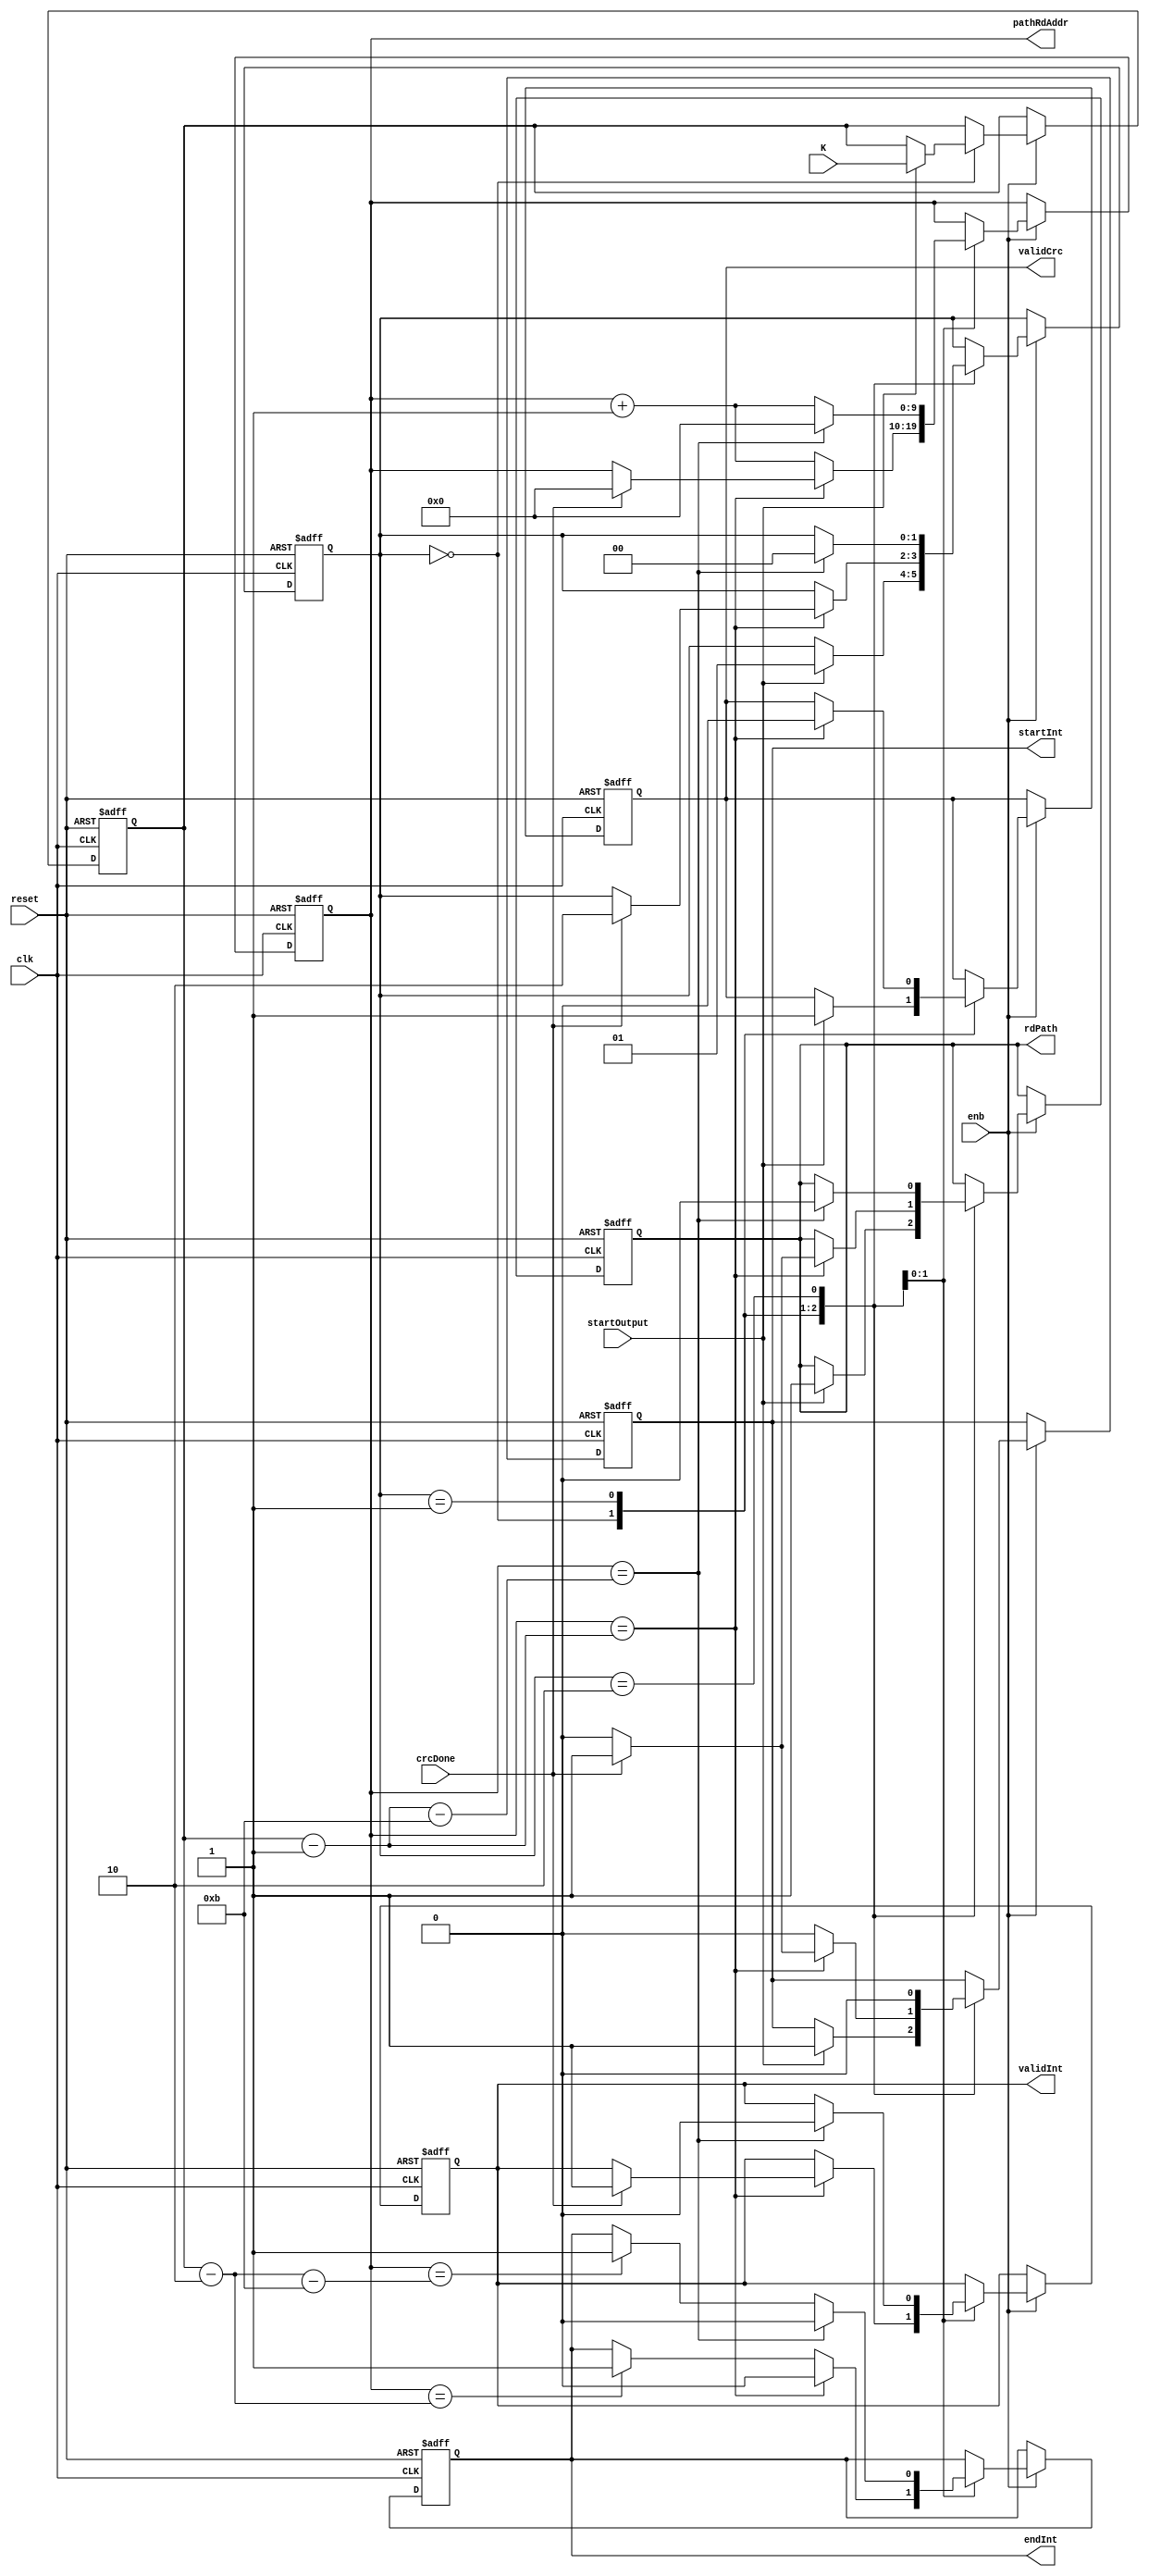
// -------------------------------------------------------------
// 
// 
// Generated by MATLAB 9.8 and HDL Coder 3.16
// 
// -------------------------------------------------------------


// -------------------------------------------------------------
// 
// Module: outputController
// Source Path: NRPolarDecodeHDL/HDL Algorithm/NR Polar Decoder/outputController
// Hierarchy Level: 2
// 
// -------------------------------------------------------------

`timescale 1 ns / 1 ns

module outputController
          (clk,
           reset,
           enb,
           startOutput,
           K,
           crcDone,
           pathRdAddr,
           rdPath,
           startInt,
           endInt,
           validInt,
           validCrc);


  input   clk;
  input   reset;
  input   enb;
  input   startOutput;
  input   [9:0] K;  // ufix10
  input   crcDone;
  output  [9:0] pathRdAddr;  // ufix10
  output  rdPath;
  output  startInt;
  output  endInt;
  output  validInt;
  output  validCrc;


  reg [1:0] outputController_reg_state;  // ufix2
  reg [9:0] outputController_reg_pathRdAddr;  // ufix10
  reg  outputController_reg_rdPath;
  reg  outputController_reg_pathSel;  // ufix1
  reg [9:0] outputController_reg_KLatch;  // ufix10
  reg  outputController_reg_start;
  reg  outputController_reg_end;
  reg  outputController_reg_valid;
  reg  outputController_reg_validCrc;
  reg [1:0] outputController_reg_state_next;  // ufix2
  reg [9:0] outputController_reg_pathRdAddr_next;  // ufix10
  reg  outputController_reg_rdPath_next;
  reg  outputController_reg_pathSel_next;  // ufix1
  reg [9:0] outputController_reg_KLatch_next;  // ufix10
  reg  outputController_reg_start_next;
  reg  outputController_reg_end_next;
  reg  outputController_reg_valid_next;
  reg  outputController_reg_validCrc_next;
  reg [9:0] pathRdAddr_1;  // ufix10
  reg  rdPath_1;
  reg  startInt_1;
  reg  endInt_1;
  reg  validInt_1;
  reg  validCrc_1;
  reg [10:0] outputController_sub_temp;  // ufix11
  reg [10:0] outputController_sub_temp_0;  // ufix11
  reg [11:0] outputController_sub_temp_1;  // ufix12
  reg [10:0] outputController_sub_temp_2;  // ufix11
  reg [10:0] outputController_sub_temp_3;  // ufix11
  reg [11:0] outputController_sub_temp_4;  // ufix12
  reg [11:0] outputController_t_0_0;  // ufix12
  reg [11:0] outputController_t_1;  // ufix12
  reg [10:0] outputController_t_2;  // ufix11
  reg [10:0] outputController_t_3;  // ufix11
  reg [10:0] outputController_t_4;  // ufix11
  reg [10:0] outputController_t_5;  // ufix11
  reg [11:0] outputController_t_6;  // ufix12
  reg [10:0] outputController_t_7;  // ufix11
  reg [10:0] outputController_t_8;  // ufix11
  reg [11:0] outputController_t_9;  // ufix12


  // outputController - reconstructs output paths, runs CRC and outputs best path
  always @(posedge clk or posedge reset)
    begin : outputController_1_process
      if (reset == 1'b1) begin
        outputController_reg_state <= 2'b00;
        outputController_reg_pathRdAddr <= 10'b0000000000;
        outputController_reg_rdPath <= 1'b0;
        outputController_reg_pathSel <= 1'b0;
        outputController_reg_KLatch <= 10'b0000000000;
        outputController_reg_start <= 1'b0;
        outputController_reg_end <= 1'b0;
        outputController_reg_valid <= 1'b0;
        outputController_reg_validCrc <= 1'b0;
      end
      else begin
        if (enb) begin
          outputController_reg_state <= outputController_reg_state_next;
          outputController_reg_pathRdAddr <= outputController_reg_pathRdAddr_next;
          outputController_reg_rdPath <= outputController_reg_rdPath_next;
          outputController_reg_pathSel <= outputController_reg_pathSel_next;
          outputController_reg_KLatch <= outputController_reg_KLatch_next;
          outputController_reg_start <= outputController_reg_start_next;
          outputController_reg_end <= outputController_reg_end_next;
          outputController_reg_valid <= outputController_reg_valid_next;
          outputController_reg_validCrc <= outputController_reg_validCrc_next;
        end
      end
    end

  always @(K, crcDone, outputController_reg_KLatch, outputController_reg_end,
       outputController_reg_pathRdAddr, outputController_reg_pathSel,
       outputController_reg_rdPath, outputController_reg_start,
       outputController_reg_state, outputController_reg_valid,
       outputController_reg_validCrc, startOutput) begin
    outputController_sub_temp = 11'b00000000000;
    outputController_sub_temp_0 = 11'b00000000000;
    outputController_sub_temp_1 = 12'b000000000000;
    outputController_sub_temp_2 = 11'b00000000000;
    outputController_sub_temp_3 = 11'b00000000000;
    outputController_sub_temp_4 = 12'b000000000000;
    outputController_t_0_0 = 12'b000000000000;
    outputController_t_1 = 12'b000000000000;
    outputController_t_2 = 11'b00000000000;
    outputController_t_3 = 11'b00000000000;
    outputController_t_4 = 11'b00000000000;
    outputController_t_5 = 11'b00000000000;
    outputController_t_6 = 12'b000000000000;
    outputController_t_7 = 11'b00000000000;
    outputController_t_8 = 11'b00000000000;
    outputController_t_9 = 12'b000000000000;
    outputController_reg_state_next = outputController_reg_state;
    outputController_reg_pathRdAddr_next = outputController_reg_pathRdAddr;
    outputController_reg_rdPath_next = outputController_reg_rdPath;
    outputController_reg_KLatch_next = outputController_reg_KLatch;
    outputController_reg_start_next = outputController_reg_start;
    outputController_reg_end_next = outputController_reg_end;
    outputController_reg_valid_next = outputController_reg_valid;
    outputController_reg_validCrc_next = outputController_reg_validCrc;
    case ( outputController_reg_state)
      2'b00 :
        begin
          if (startOutput) begin
            outputController_reg_state_next = 2'b01;
            outputController_reg_rdPath_next = 1'b1;
            outputController_reg_start_next = 1'b1;
            outputController_reg_validCrc_next = 1'b1;
            outputController_reg_KLatch_next = K;
          end
        end
      2'b01 :
        begin
          outputController_reg_start_next = 1'b0;
          outputController_t_4 = {1'b0, outputController_reg_KLatch};
          outputController_sub_temp = outputController_t_4 - 11'b00000000001;
          outputController_t_2 = {1'b0, outputController_reg_pathRdAddr};
          if (outputController_t_2 == outputController_sub_temp) begin
            outputController_reg_end_next = 1'b0;
            outputController_reg_rdPath_next = 1'b0;
            outputController_reg_validCrc_next = 1'b0;
            if (crcDone) begin
              outputController_reg_state_next = 2'b10;
              outputController_reg_pathRdAddr_next = 10'b0000000000;
              outputController_reg_start_next = 1'b1;
              outputController_reg_rdPath_next = 1'b1;
              outputController_reg_valid_next = 1'b1;
            end
          end
          else begin
            outputController_t_7 = {1'b0, outputController_reg_KLatch};
            outputController_sub_temp_2 = outputController_t_7 - 11'b00000000010;
            outputController_t_3 = {1'b0, outputController_reg_pathRdAddr};
            if (outputController_t_3 == outputController_sub_temp_2) begin
              outputController_reg_end_next = 1'b1;
            end
            outputController_reg_pathRdAddr_next = outputController_reg_pathRdAddr + 10'b0000000001;
          end
        end
      2'b10 :
        begin
          outputController_reg_start_next = 1'b0;
          outputController_t_5 = {1'b0, outputController_reg_KLatch};
          outputController_sub_temp_0 = outputController_t_5 - 11'b00000000001;
          outputController_t_6 = {1'b0, outputController_sub_temp_0};
          outputController_sub_temp_1 = outputController_t_6 - 12'b000000001011;
          outputController_t_0_0 = {2'b0, outputController_reg_pathRdAddr};
          if (outputController_t_0_0 == outputController_sub_temp_1) begin
            outputController_reg_state_next = 2'b00;
            outputController_reg_pathRdAddr_next = 10'b0000000000;
            outputController_reg_rdPath_next = 1'b0;
            outputController_reg_end_next = 1'b0;
            outputController_reg_valid_next = 1'b0;
          end
          else begin
            outputController_t_8 = {1'b0, outputController_reg_KLatch};
            outputController_sub_temp_3 = outputController_t_8 - 11'b00000000010;
            outputController_t_9 = {1'b0, outputController_sub_temp_3};
            outputController_sub_temp_4 = outputController_t_9 - 12'b000000001011;
            outputController_t_1 = {2'b0, outputController_reg_pathRdAddr};
            if (outputController_t_1 == outputController_sub_temp_4) begin
              outputController_reg_end_next = 1'b1;
            end
            outputController_reg_pathRdAddr_next = outputController_reg_pathRdAddr + 10'b0000000001;
          end
        end
    endcase
    outputController_reg_pathSel_next = outputController_reg_pathSel;
    pathRdAddr_1 = outputController_reg_pathRdAddr;
    rdPath_1 = outputController_reg_rdPath;
    startInt_1 = outputController_reg_start;
    endInt_1 = outputController_reg_end;
    validInt_1 = outputController_reg_valid;
    validCrc_1 = outputController_reg_validCrc;
  end



  assign pathRdAddr = pathRdAddr_1;

  assign rdPath = rdPath_1;

  assign startInt = startInt_1;

  assign endInt = endInt_1;

  assign validInt = validInt_1;

  assign validCrc = validCrc_1;

endmodule  // outputController